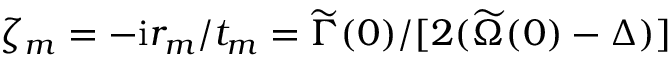
\zeta _ { m } = - \mathrm { i } r _ { m } / t _ { m } = \widetilde \Gamma ( 0 ) / [ 2 ( \widetilde \Omega ( 0 ) - \Delta ) ]